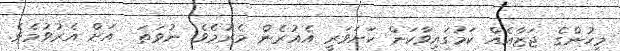
މީހުންގެ ޖަޒާއެއް ކަމުގައިވާކަން ކަށަވަރީ އެއުރެން މެރުމެވެ. ނުވަތަ  އަށް އެރުވުމެވެ.